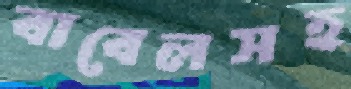
বাবেলসহ